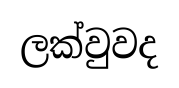
ලක්වුවද